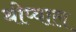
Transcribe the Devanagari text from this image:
थीप्वाल